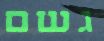
גשם